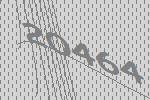
20464